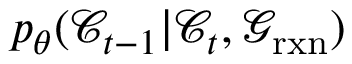
p _ { \theta } ( \mathcal { C } _ { t - 1 } \vert \mathcal { C } _ { t } , \mathcal { G } _ { \mathrm { r x n } } )